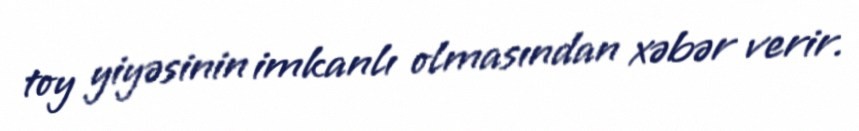
toy yiyəsinin imkanlı olmasından xəbər verir.